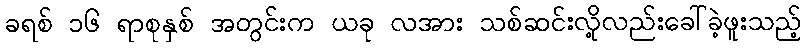
ခရစ် ၁၆ ရာစုနှစ် အတွင်းက ယခု လအား သစ်ဆင်းလို့လည်းခေါ်ခဲ့ဖူးသည့်